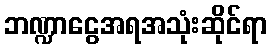
ဘဏ္ဍာငွေအရအသုံးဆိုင်ရာ